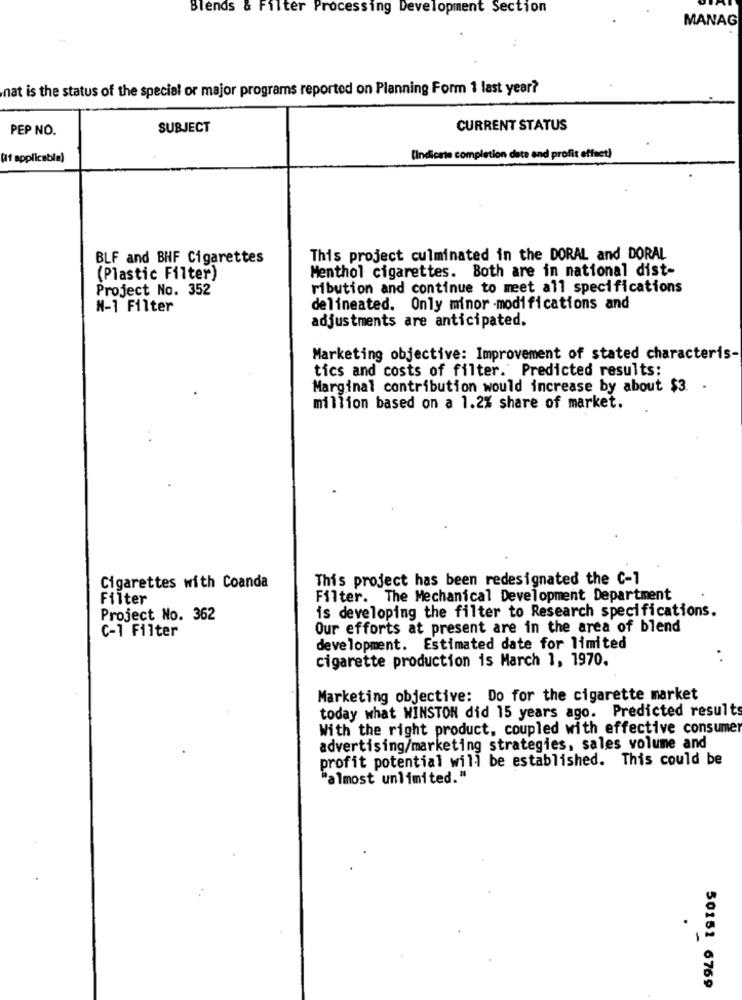
Blends & Filter Processing Development Section
MANAG
nat is the status of the special or major programs reported on Planning Form 1 last year?
PEP NO.
SUBJECT
CURRENT STATUS
(if applicable)
(Indicate completion date and profit effect)
BLF and BHF Cigarettes
This project culminated in the DORAL and DORAL
Menthol cigarettes. Both are in national dist-
(Plastic Filter)
Project No. 352
ribution and continue to meet all specifications
N-1 Filter
delineated. Only minor -modifications and
adjustments are anticipated.
Marketing objective: Improvement of stated characteris-
tics and costs of filter. Predicted results:
Marginal contribution would increase by about $3. .
million based on a 1.2% share of market.
This project has been redesignated the C-1
Cigarettes with Coanda
Filter
Filter. The Mechanical Development Department
is developing the filter to Research specifications.
Project No. 362
C-1 Filter
Our efforts at present are in the area of blend
development. Estimated date for limited
cigarette production is March 1, 1970.
Marketing objective: Do for the cigarette market
today what WINSTON did 15 years ago. Predicted results
With the right product, coupled with effective consumer
advertising/marketing strategies, sales volume and
profit potential will be established. This could be
"almost unlimited."
50151 6769